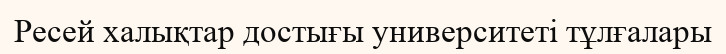
Ресей халықтар достығы университеті тұлғалары